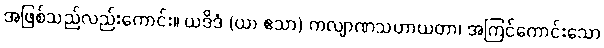
အဖြစ်သည်လည်းကောင်း။ ယဒိဒံ (ယာ ဧသာ) ကလျာဏသဟာယတာ၊ အကြင်ကောင်းသော